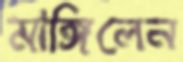
মাঙ্গিলেন